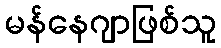
မန်နေဂျာဖြစ်သူ